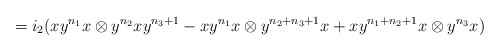
\begin{align*} = i_2( xy^{n_1}x \otimes y^{n_2}xy^{n_3+1} - xy^{n_1}x \otimes y^{n_2+n_3+1}x + xy^{n_1+n_2+1}x \otimes y^{n_3}x) \end{align*}